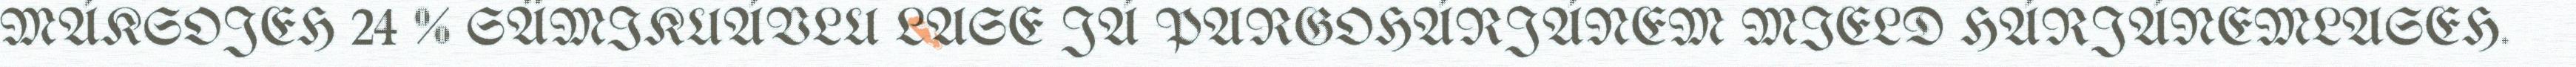
MÁKSOJEH 24 % SÄMIKUÁVLU LASE JÁ PARGOHÁRJÁNEM MIELD HÁRJÁNEMLASEH.